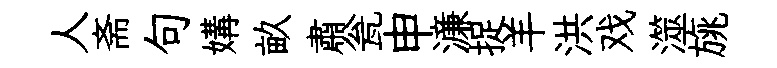
人斋句媾畝肅瓮申濓捉羊洪戏澨旐